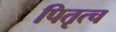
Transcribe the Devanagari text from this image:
पितृत्च